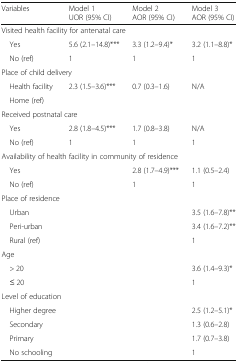
| Variables | Model 1UOR (95% CI) | Model 2AOR (95% CI) | Model 3AOR (95% CI) |
 | --- | --- | --- | --- |
 | <COLSPAN=4> Visited health facility for antenatal care |
 | Yes | 5.6 (2.1–14.8)*** | 3.3 (1.2–9.4)* | 3.2 (1.1–8.8)* |
 | No (ref) | 1 | 1 | 1 |
 | <COLSPAN=4> Place of child delivery |
 | Health facility | 2.3 (1.5–3.6)*** | 0.7 (0.3–1.6) | N/A |
 | Home (ref) |  |  |  |
 | <COLSPAN=4> Received postnatal care |
 | Yes | 2.8 (1.8–4.5)*** | 1.7 (0.8–3.8) | N/A |
 | No (ref) | 1 | 1 | 1 |
 | <COLSPAN=4> Availability of health facility in community of residence |
 | Yes |  | 2.8 (1.7–4.9)*** | 1.1 (0.5–2.4) |
 | No (ref) |  | 1 | 1 |
 | <COLSPAN=4> Place of residence |
 | Urban |  |  | 3.5 (1.6–7.8)** |
 | Peri-urban |  |  | 3.4 (1.6–7.2)** |
 | Rural (ref) |  |  | 1 |
 | <COLSPAN=4> Age |
 | > 20 |  |  | 3.6 (1.4–9.3)* |
 | ≤ 20 |  |  | 1 |
 | <COLSPAN=4> Level of education |
 | Higher degree |  |  | 2.5 (1.2–5.1)* |
 | Secondary |  |  | 1.3 (0.6–2.8) |
 | Primary |  |  | 1.7 (0.7–3.8) |
 | No schooling |  |  | 1 |